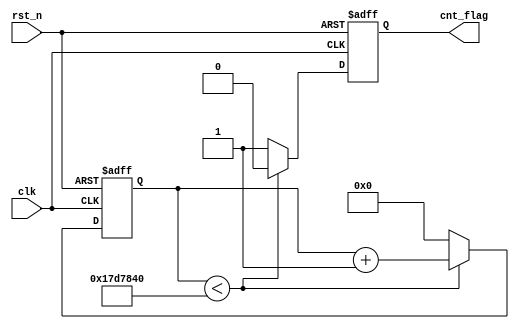
module timer_count(
    input      clk,
    input    rst_n,

    output reg cnt_flag  //
    
);


parameter  MAX_CNT_NUM = 25_000_000;

reg [24 : 0]  cnt;   // 

always @(posedge clk or negedge rst_n) begin
    if(!rst_n)begin
    cnt <= 25'd0;
    cnt_flag <= 1'd0;
    end
    else begin
        if(cnt < MAX_CNT_NUM)begin
        cnt <= cnt + 1'd1;
        cnt_flag <= 1'b0;
        end
        else begin
        cnt <= 25'd0;
        cnt_flag <= 1'b1;
        end
    end
    
end

endmodule // timer_count